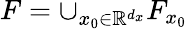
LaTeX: F=\cup_{x_{0}\in\mathbb{R}^{d_{x}}}F_{x_{0}}